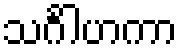
သင်္ဂါဟကာ